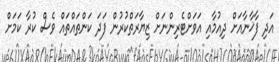
އަދި ފާޚާނާއަށް ދިއުމާއި އަވަށްޓެރިންނަށް ޒިޔާރަތްކުރުން ފަދަ ކަންތައްތައް ވެސް ކުރާ ކަމަށް